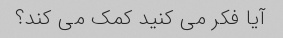
آیا فکر می کنید کمک می کند؟